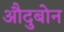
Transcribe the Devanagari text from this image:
औदुबोन